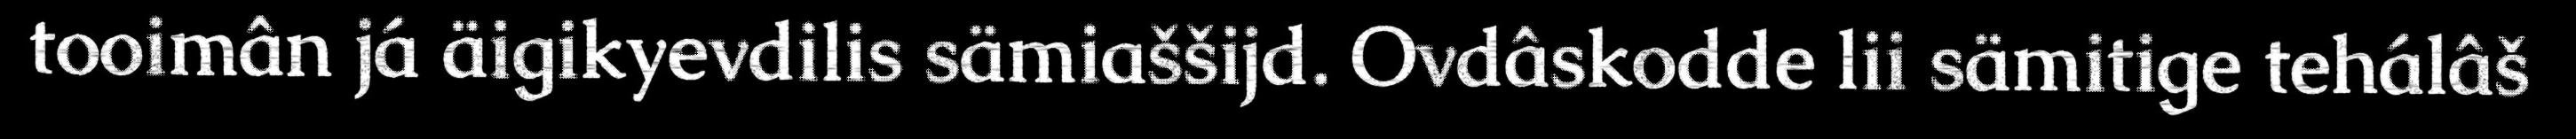
tooimân já äigikyevdilis sämiaššijd. Ovdâskodde lii sämitige tehálâš